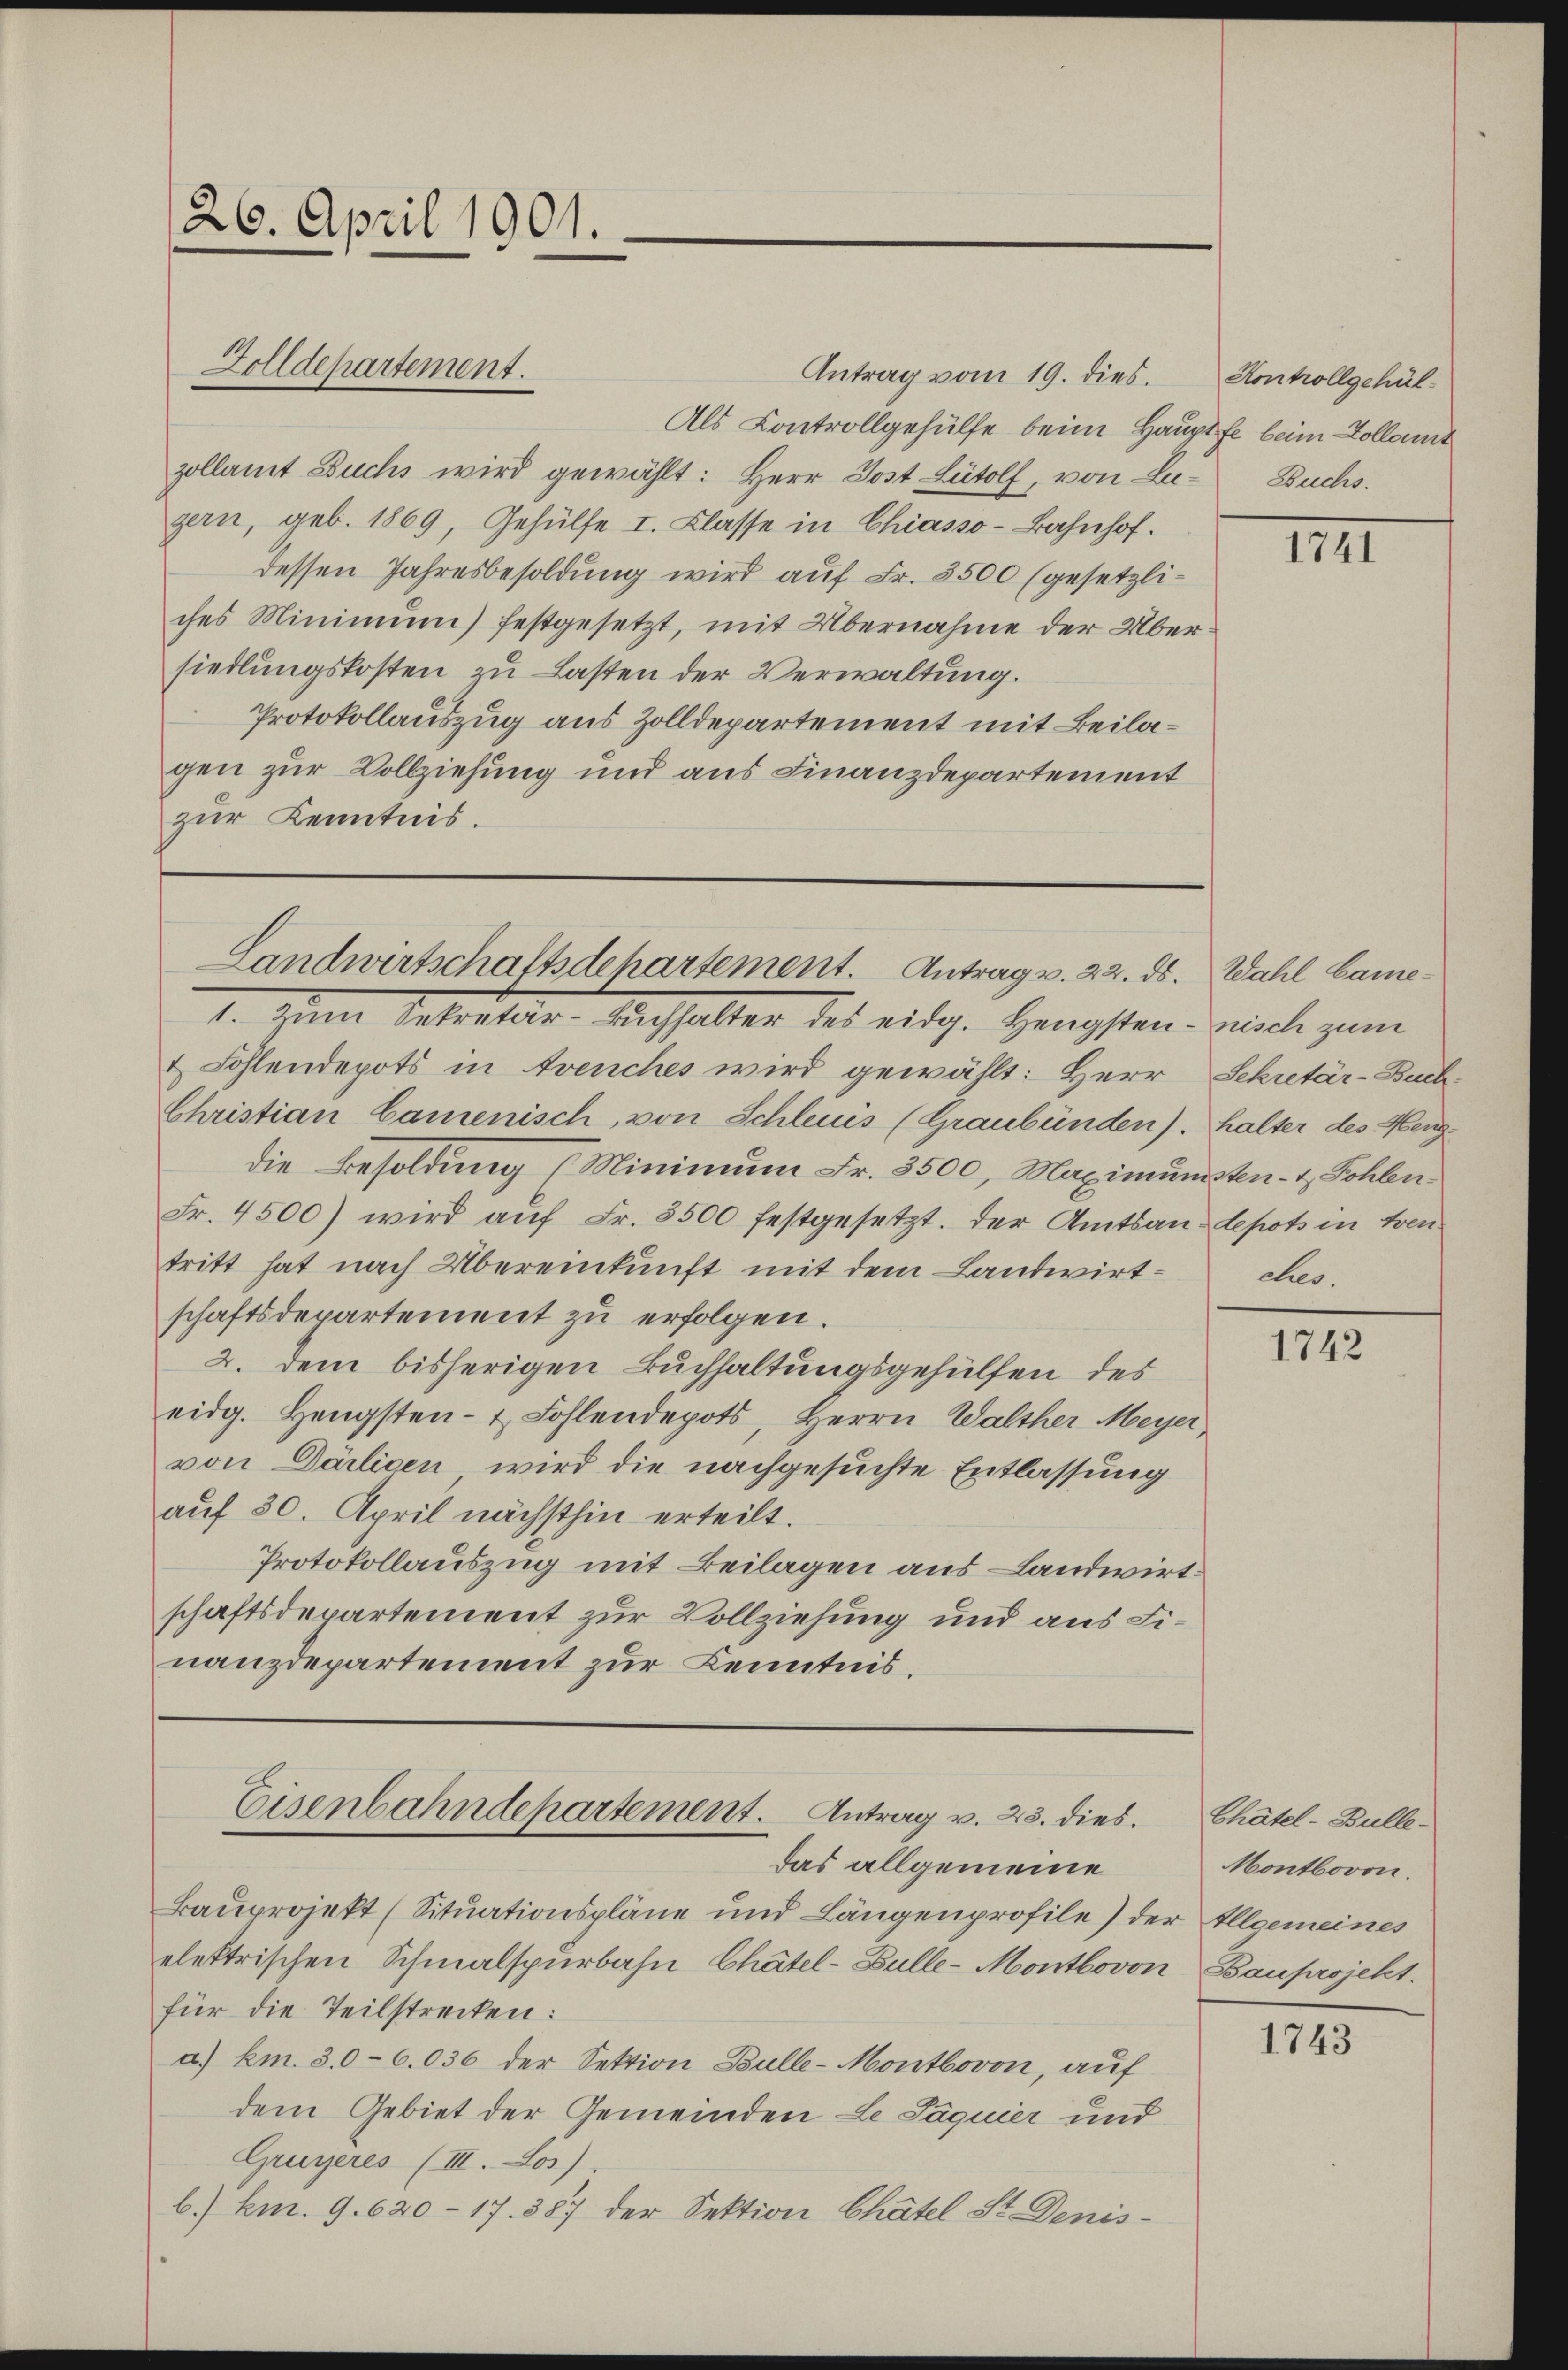
Antrag vom 19. dies.
Als Controllgehülfe beim Hauptfe beim Kollamt
zollamt Buchs wird gewählt: Herr Jost Lütolf, von Lu-Buchs.
gern, geb. 1869, Gehülfe I. Klasse in Chiasso-Bahnhof.
dessen Jahresbesoldung wird auf Fr. 3500 (gesetzliches Minimum) festgesetzt, mit Übernahme der Übersiedlungskosten zu Lasten der Verwaltung.
Protokollauszug aus Zolldepartement mit Beilagen zur Vollziehung und aus Finanzdepartement
zur Kenntnis.

26. April 1901.

Zolldepartement.

Landwirtschaftsdepartement. Antrag v. 22. ds. Wahl Came¬

1. Denn betreter Aushalten des eidg. Hengsten. Dich zum
& Fohlendepots in Avenches wird gewählt: Herr Sekretär-Buch-
Christian Camenisch, von Schleuis (Graubünden). halter des Hengdie Besoldung (Minimum Fr. 3500, Maximumsten- & Sohlen
Fr. 4500) wird aŭf Fr. 3500 festgesetzt. Der Amtsan- depots in treu
tritt hat nach Übereinkunft mit dem Landwirtschaftsdepartement zu erfolgen.
2. dem bisherigen Buchhaltungsgehülfen des
eidg. Hengsten- & Fohlendepots Herrn Walther Meyer,
von Därlicen wird die nachgesuchte Entlassung
auf 30. April nächsthin erteilt.
Protokollauszug mit Beilagen aus Landwirtschaftsdepartement zur Vollziehung und aus Finanzdepartement zur Kenntnis.

Eisenbahndepartement. Antrag v. 23. dies

das allgemeine
Bauprojekt (Situationspläne und Längenprofile) der Allgemeines
elektrischen Schmalspurbahn Chätel-Bulle-Montbovon Bauprojekt.
für die Teilstrecken:
a) km. 30-6.036 der Sektion Bulle-Montbovon, auf
dem Gebiet der Gemeinden Le Säquier und
Grugeres (III. Los)
b.) km. 9. 620 – 17. 387 der Sektion Chatel St. Denis-

Kontrollgehül¬

IIII

cher.

1742

Chätel-Bulle¬
Montboron.

1743